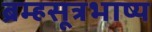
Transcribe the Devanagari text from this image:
ब्रम्हसूत्रभाष्य